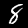
Label: 8